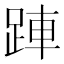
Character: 𬦲